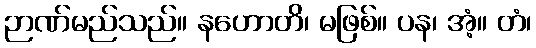
ဉာဏ်မည်သည်။ နဟောတိ၊ မဖြစ်။ ပန၊ အံ့။ တံ၊